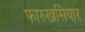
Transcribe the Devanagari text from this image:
फारुखसियार